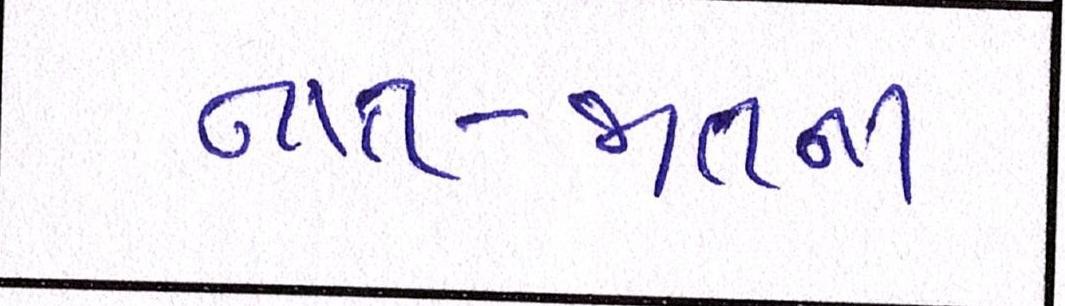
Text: નાત-જાતના